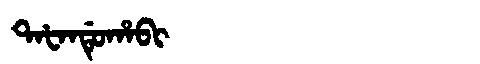
Manchu: ᡨᠠᡶᠠᠨᡩᡠᡥᠠᠪᡳ
Romanization: TAFANDUHABI